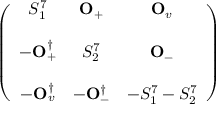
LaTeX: \left( \begin{array} { c c c } { { S _ { 1 } ^ { 7 } } } & { { { \bf O } _ { + } } } & { { { \bf O } _ { v } } } \\ { { } } & { { } } & { { } } \\ { { - { \bf O } _ { + } ^ { \dagger } } } & { { S _ { 2 } ^ { 7 } } } & { { { \bf O } _ { - } } } \\ { { } } & { { } } & { { } } \\ { { - { \bf O } _ { v } ^ { \dagger } } } & { { - { \bf O } _ { - } ^ { \dagger } } } & { { - S _ { 1 } ^ { 7 } - S _ { 2 } ^ { 7 } } } \end{array} \right)